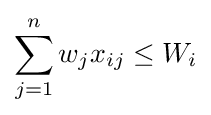
\sum _{j=1}^{n}w_{j}x_{ij}\leq W_{i}